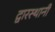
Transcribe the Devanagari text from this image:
द्वारस्थानी